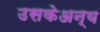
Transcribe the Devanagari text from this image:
उसकेअन्य